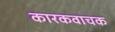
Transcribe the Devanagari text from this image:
कारकवाचक